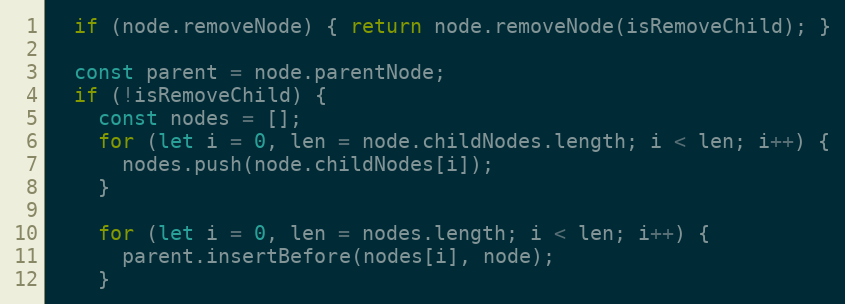
Language: JavaScript
  if (node.removeNode) { return node.removeNode(isRemoveChild); }

  const parent = node.parentNode;
  if (!isRemoveChild) {
    const nodes = [];
    for (let i = 0, len = node.childNodes.length; i < len; i++) {
      nodes.push(node.childNodes[i]);
    }

    for (let i = 0, len = nodes.length; i < len; i++) {
      parent.insertBefore(nodes[i], node);
    }